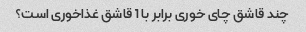
چند قاشق چای خوری برابر با 1 قاشق غذاخوری است؟